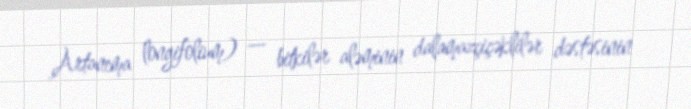
Artanema longifolium) — bitkilər aləminin dalamazçiçəklilər dəstəsinin